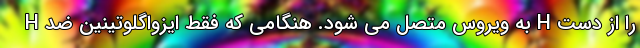
H به ویروس متصل می شود. هنگامی که فقط ایزواگلوتینین ضد H را از دست